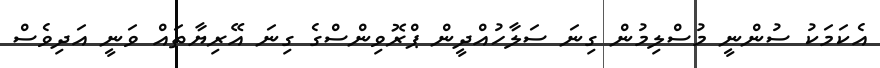
އެކަމަކު ސުންނީ މުސްލިމުން ގިނަ ސަލާހުއްދީން ޕްރޮވިންސްގެ ގިނަ އޭރިޔާތައް ވަނީ އަދިވެސް